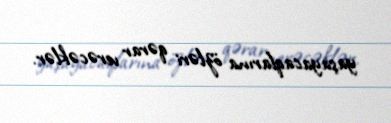
yaşayacaqlarına özləri qərar verəcəklər.